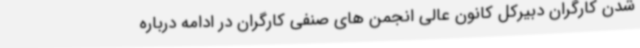
شدن کارگران دبیرکل کانون عالی انجمن های صنفی کارگران در ادامه درباره